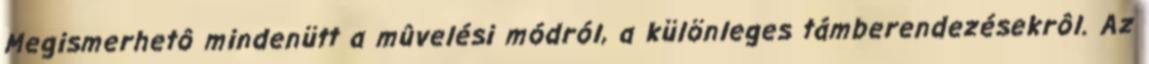
Megismerhetô mindenütt a mûvelési módról, a különleges támberendezésekrôl. Az